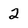
Character: 2